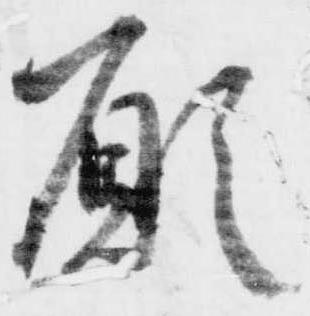
願